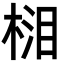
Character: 𣓭